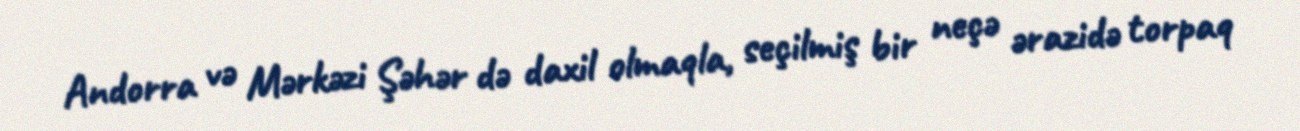
Andorra və Mərkəzi Şəhər də daxil olmaqla, seçilmiş bir neçə ərazidə torpaq